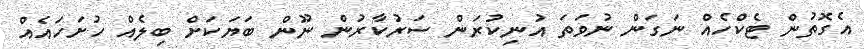
އެގޮތުން ޓެކްހެއް ނަގަން ނުވަތަ އުނިކުރަން ސަރުކާރުން ނޫން ބަޔަކަށް ބިލެއް ހުށަހައެއް